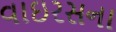
વાઇરસના